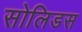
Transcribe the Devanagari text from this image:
सोलिडस